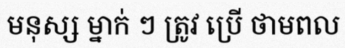
មនុស្ស ម្នាក់ ៗ ត្រូវ ប្រើ ថាមពល